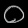
Digit: ၀